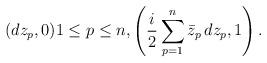
LaTeX: \begin{align*} (dz_p, 0) 1 \leq p \leq n, \left( \frac{i}{2} \sum_{p=1}^n \bar{z}_p \, dz_p, 1 \right).\end{align*}